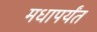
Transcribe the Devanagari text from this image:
मधापर्यंत